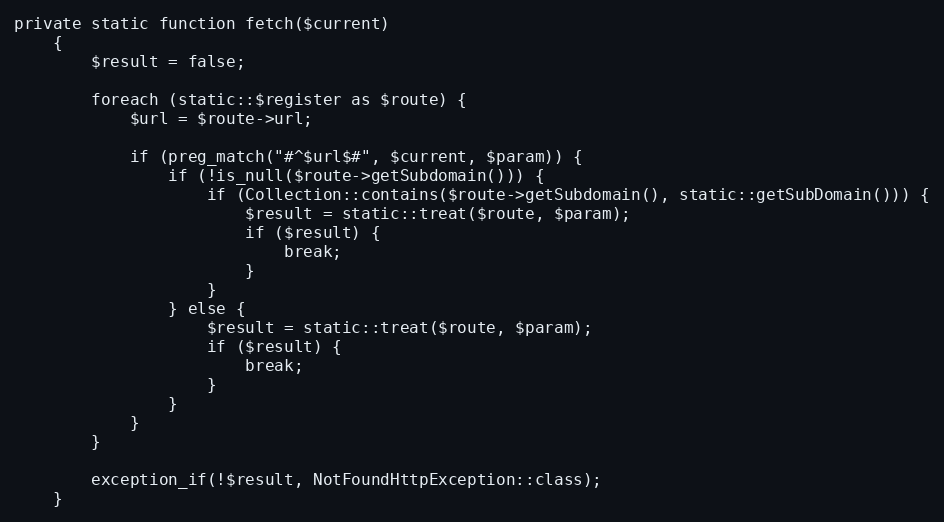
Language: PHP
private static function fetch($current)
    {
        $result = false;

        foreach (static::$register as $route) {
            $url = $route->url;

            if (preg_match("#^$url$#", $current, $param)) {
                if (!is_null($route->getSubdomain())) {
                    if (Collection::contains($route->getSubdomain(), static::getSubDomain())) {
                        $result = static::treat($route, $param);
                        if ($result) {
                            break;
                        }
                    }
                } else {
                    $result = static::treat($route, $param);
                    if ($result) {
                        break;
                    }
                }
            }
        }

        exception_if(!$result, NotFoundHttpException::class);
    }